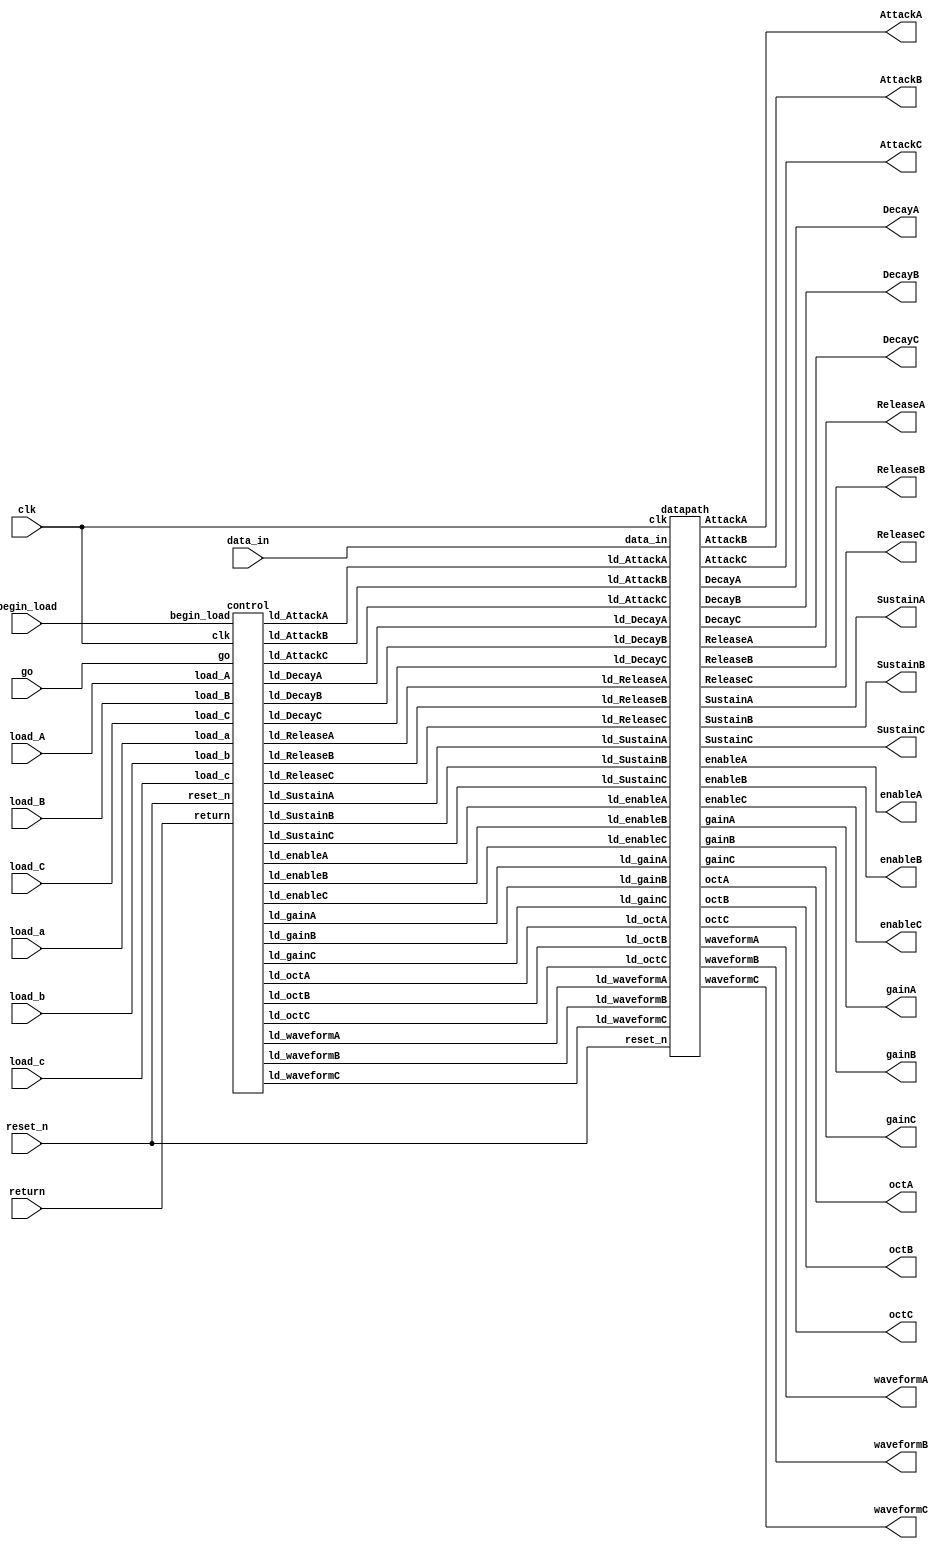
module data_store (
                  // Inputs
                  clk,            // Clock
                  reset_n,        // Active Low Reset
                  go,             // Continue states
                  data_in,        // Input data
                  load_a,         // Load OSC1
                  load_b,         // Load OSC2
                  load_c,         // Load OSC3
                  load_A,         // Load Env A
                  load_B,         // Load Env B
                  load_C,         // Load Env C
                  begin_load,     // Move from initial state to load state
                  return,         // Return to initial state

                  // Outputs

                  // Osc A settings
                  gainA,
                  octA,
                  enableA,
                  waveformA,

                  // Osc B settings
                  gainB,
                  octB,
                  enableB,
                  waveformB,

                  // Osc C settings
                  gainC,
                  octC,
                  enableC,
                  waveformC,

                  //Envelope Settings
                  AttackA,
                  DecayA,
                  SustainA,
                  ReleaseA,

                  AttackB,
                  DecayB,
                  SustainB,
                  ReleaseB,

                  AttackC,
                  DecayC,
                  SustainC,
                  ReleaseC
                );

  input clk;
  input reset_n;
  input go;
  input [9:0] data_in;
  input load_a;
  input load_b;
  input load_c;
  input load_A;
  input load_B;
  input load_C;
  input begin_load;
  input return;

  output [3:0] gainA, gainB, gainC;
  output [1:0] octA, octB, octC;
  output enableA, enableB, enableC;
  output waveformA, waveformB, waveformC;

  output [3:0] AttackA, AttackB, AttackC;
  output [3:0] DecayA, DecayB, DecayC;
  output [3:0] SustainA, SustainB, SustainC;
  output [3:0] ReleaseA, ReleaseB, ReleaseC;

  wire ld_gainA;
  wire ld_octA;
  wire ld_enableA;
  wire ld_waveformA;

  wire ld_gainB;
  wire ld_octB;
  wire ld_enableB;
  wire ld_waveformB;

  wire ld_gainC;
  wire ld_octC;
  wire ld_enableC;
  wire ld_waveformC;

  wire ld_AttackA;
  wire ld_AttackB;
  wire ld_AttackC;

  wire ld_DecayA;
  wire ld_DecayB;
  wire ld_DecayC;

  wire ld_SustainA;
  wire ld_SustainB;
  wire ld_SustainC;

  wire ld_ReleaseA;
  wire ld_ReleaseB;
  wire ld_ReleaseC;
        
  datapath d0 (
    .clk(clk),
    .reset_n(reset_n),
    .data_in(data_in),
    .ld_gainA(ld_gainA),
    .ld_gainB(ld_gainB),
    .ld_gainC(ld_gainC),
    .ld_octA(ld_octA),
    .ld_octB(ld_octB),
    .ld_octC(ld_octC),
    .ld_enableA(ld_enableA),
    .ld_enableB(ld_enableB),
    .ld_enableC(ld_enableC),
    .ld_waveformA(ld_waveformA),
    .ld_waveformB(ld_waveformB),
    .ld_waveformC(ld_waveformC),
    .ld_AttackA(ld_AttackA),
    .ld_AttackB(ld_AttackB),
    .ld_AttackC(ld_AttackC),
    .ld_DecayA(ld_DecayA),
    .ld_DecayB(ld_DecayB),
    .ld_DecayC(ld_DecayC),
    .ld_SustainA(ld_SustainA),
    .ld_SustainB(ld_SustainB),
    .ld_SustainC(ld_SustainC),
    .ld_ReleaseA(ld_ReleaseA),
    .ld_ReleaseB(ld_ReleaseB),
    .ld_ReleaseC(ld_ReleaseC),
    .gainA(gainA),
    .gainB(gainB),
    .gainC(gainC),
    .octA(octA),
    .octB(octB),
    .octC(octC),
    .enableA(enableA),
    .enableB(enableB),
    .enableC(enableC),
    .waveformA(waveformA),
    .waveformB(waveformB),
    .waveformC(waveformC),
    .AttackA(AttackA),
    .DecayA(DecayA),
    .SustainA(SustainA),
    .ReleaseA(ReleaseA),
    .AttackB(AttackB),
    .DecayB(DecayB),
    .SustainB(SustainB),
    .ReleaseB(ReleaseB),
    .AttackC(AttackC),
    .DecayC(DecayC),
    .SustainC(SustainC),
    .ReleaseC(ReleaseC)
  );

  control c0 (
    .clk(clk),
    .reset_n(reset_n),
    .go(go),
    .load_a(load_a),
    .load_b(load_b),
    .load_c(load_c),
    .load_A(load_A),
    .load_B(load_B),
    .load_C(load_C),
    .begin_load(begin_load),
    .return(return),
    .ld_gainA(ld_gainA),
    .ld_gainB(ld_gainB),
    .ld_gainC(ld_gainC),
    .ld_octA(ld_octA),
    .ld_octB(ld_octB),
    .ld_octC(ld_octC),
    .ld_enableA(ld_enableA),
    .ld_enableB(ld_enableB),
    .ld_enableC(ld_enableC),
    .ld_waveformA(ld_waveformA),
    .ld_waveformB(ld_waveformB),
    .ld_waveformC(ld_waveformC),
    .ld_AttackA(ld_AttackA),
    .ld_AttackB(ld_AttackB),
    .ld_AttackC(ld_AttackC),
    .ld_DecayA(ld_DecayA),
    .ld_DecayB(ld_DecayB),
    .ld_DecayC(ld_DecayC),
    .ld_SustainA(ld_SustainA),
    .ld_SustainB(ld_SustainB),
    .ld_SustainC(ld_SustainC),
    .ld_ReleaseA(ld_ReleaseA),
    .ld_ReleaseB(ld_ReleaseB),
    .ld_ReleaseC(ld_ReleaseC)
  );

endmodule

module control (
                // Inputs
                clk,            // Clock
                reset_n,        // Active Low Reset
                go,             // Continue states
                load_a,         // Load OSC1
                load_b,         // Load OSC2
                load_c,         // Load OSC3
                load_A,
                load_B,
                load_C,
                begin_load,     // Move from initial state to load state
                return,         // Return to initial state

                // Outputs

                // Osc A settings
                ld_gainA,
                ld_octA,
                ld_enableA,
                ld_waveformA,

                // Osc B settings
                ld_gainB,
                ld_octB,
                ld_enableB,
                ld_waveformB,

                // Osc C settings
                ld_gainC,
                ld_octC,
                ld_enableC,
                ld_waveformC,

                //Envelope Settings
                ld_AttackA,
                ld_AttackB,
                ld_AttackC,

                ld_DecayA,
                ld_DecayB,
                ld_DecayC,

                ld_SustainA,
                ld_SustainB,
                ld_SustainC,

                ld_ReleaseA,
                ld_ReleaseB,
                ld_ReleaseC
              );

  input clk;
  input reset_n;
  input go;
  input load_a;
  input load_b;
  input load_c;
  input load_A;
  input load_B;
  input load_C;
  input begin_load;
  input return;

  reg [5:0] current_state, next_state;

  output reg ld_gainA;
  output reg ld_octA;
  output reg ld_enableA;
  output reg ld_waveformA;

  output reg ld_gainB;
  output reg ld_octB;
  output reg ld_enableB;
  output reg ld_waveformB;

  output reg ld_gainC;
  output reg ld_octC;
  output reg ld_enableC;
  output reg ld_waveformC;

  output reg ld_AttackA;
  output reg ld_AttackB;
  output reg ld_AttackC;

  output reg ld_DecayA;
  output reg ld_DecayB;
  output reg ld_DecayC;

  output reg ld_SustainA;
  output reg ld_SustainB;
  output reg ld_SustainC;

  output reg ld_ReleaseA;
  output reg ld_ReleaseB;
  output reg ld_ReleaseC;

  localparam  DEFAULT_STATE             = 6'd0,

              LOAD_A_ENABLE             = 6'd1,
              LOAD_A_ENABLE_WAIT        = 6'd2,
              LOAD_A_WAVEFORM           = 6'd3,
              LOAD_A_WAVEFORM_WAIT      = 6'd4,
              LOAD_A_GAIN               = 6'd5,
              LOAD_A_GAIN_WAIT          = 6'd6,
              LOAD_A_OCT                = 6'd7,
              LOAD_A_OCT_WAIT           = 6'd8,

              LOAD_B_ENABLE             = 6'd9,
              LOAD_B_ENABLE_WAIT        = 6'd10,
              LOAD_B_WAVEFORM           = 6'd11,
              LOAD_B_WAVEFORM_WAIT      = 6'd12,
              LOAD_B_GAIN               = 6'd13,
              LOAD_B_GAIN_WAIT          = 6'd14,
              LOAD_B_OCT                = 6'd15,
              LOAD_B_OCT_WAIT           = 6'd16,

              LOAD_C_ENABLE             = 6'd17,
              LOAD_C_ENABLE_WAIT        = 6'd18,
              LOAD_C_WAVEFORM           = 6'd19,
              LOAD_C_WAVEFORM_WAIT      = 6'd20,
              LOAD_C_GAIN               = 6'd21,
              LOAD_C_GAIN_WAIT          = 6'd22,
              LOAD_C_OCT                = 6'd23,
              LOAD_C_OCT_WAIT           = 6'd24,

              LOAD_ATTACK_A             = 6'd25,
              LOAD_ATTACK_A_WAIT        = 6'd26,
              LOAD_DECAY_A              = 6'd27,
              LOAD_DECAY_A_WAIT         = 6'd28,
              LOAD_SUSTAIN_A            = 6'd29,
              LOAD_SUSTAIN_A_WAIT       = 6'd30,
              LOAD_RELEASE_A            = 6'd31,
              LOAD_RELEASE_A_WAIT       = 6'd32,

              LOAD_ATTACK_B             = 6'd33,
              LOAD_ATTACK_B_WAIT        = 6'd34,
              LOAD_DECAY_B              = 6'd35,
              LOAD_DECAY_B_WAIT         = 6'd36,
              LOAD_SUSTAIN_B            = 6'd37,
              LOAD_SUSTAIN_B_WAIT       = 6'd38,
              LOAD_RELEASE_B            = 6'd39,
              LOAD_RELEASE_B_WAIT       = 6'd40,

              LOAD_ATTACK_C             = 6'd41,
              LOAD_ATTACK_C_WAIT        = 6'd42,
              LOAD_DECAY_C              = 6'd43,
              LOAD_DECAY_C_WAIT         = 6'd44,
              LOAD_SUSTAIN_C            = 6'd45,
              LOAD_SUSTAIN_C_WAIT       = 6'd46,
              LOAD_RELEASE_C            = 6'd47,
              LOAD_RELEASE_C_WAIT       = 6'd48;

  always @(*)
  begin: state_table
    case (current_state)
      DEFAULT_STATE: begin
        if (load_a && begin_load)       next_state = LOAD_A_ENABLE;
        else if (load_b && begin_load)  next_state = LOAD_B_ENABLE;
        else if (load_c && begin_load)  next_state = LOAD_C_ENABLE;
        else if (load_A && begin_load)  next_state = LOAD_ATTACK_A;
        else if (load_B && begin_load)  next_state = LOAD_ATTACK_B;
        else if (load_C && begin_load)  next_state = LOAD_ATTACK_C;
        else                            next_state = DEFAULT_STATE;
      end

      LOAD_A_ENABLE:            if (return) next_state = DEFAULT_STATE; else next_state = go ? LOAD_A_ENABLE_WAIT : LOAD_A_ENABLE;
      LOAD_A_ENABLE_WAIT:       if (return) next_state = DEFAULT_STATE; else next_state = go ? LOAD_A_ENABLE_WAIT : LOAD_A_WAVEFORM;
      LOAD_A_WAVEFORM:          if (return) next_state = DEFAULT_STATE; else next_state = go ? LOAD_A_WAVEFORM_WAIT : LOAD_A_WAVEFORM;
      LOAD_A_WAVEFORM_WAIT:     if (return) next_state = DEFAULT_STATE; else next_state = go ? LOAD_A_WAVEFORM_WAIT : LOAD_A_GAIN;
      LOAD_A_GAIN:              if (return) next_state = DEFAULT_STATE; else next_state = go ? LOAD_A_GAIN_WAIT : LOAD_A_GAIN;
      LOAD_A_GAIN_WAIT:         if (return) next_state = DEFAULT_STATE; else next_state = go ? LOAD_A_GAIN_WAIT : LOAD_A_OCT;
      LOAD_A_OCT:               if (return) next_state = DEFAULT_STATE; else next_state = go ? LOAD_A_OCT_WAIT : LOAD_A_OCT;
      LOAD_A_OCT_WAIT:          if (return) next_state = DEFAULT_STATE; else next_state = go ? LOAD_A_OCT_WAIT : DEFAULT_STATE;

      LOAD_B_ENABLE:            if (return) next_state = DEFAULT_STATE; else next_state = go ? LOAD_B_ENABLE_WAIT : LOAD_B_ENABLE;
      LOAD_B_ENABLE_WAIT:       if (return) next_state = DEFAULT_STATE; else next_state = go ? LOAD_B_ENABLE_WAIT : LOAD_B_WAVEFORM;
      LOAD_B_WAVEFORM:          if (return) next_state = DEFAULT_STATE; else next_state = go ? LOAD_B_WAVEFORM_WAIT : LOAD_B_WAVEFORM;
      LOAD_B_WAVEFORM_WAIT:     if (return) next_state = DEFAULT_STATE; else next_state = go ? LOAD_B_WAVEFORM_WAIT : LOAD_B_GAIN;
      LOAD_B_GAIN:              if (return) next_state = DEFAULT_STATE; else next_state = go ? LOAD_B_GAIN_WAIT : LOAD_B_GAIN;
      LOAD_B_GAIN_WAIT:         if (return) next_state = DEFAULT_STATE; else next_state = go ? LOAD_B_GAIN_WAIT : LOAD_B_OCT;
      LOAD_B_OCT:               if (return) next_state = DEFAULT_STATE; else next_state = go ? LOAD_B_OCT_WAIT : LOAD_B_OCT;
      LOAD_B_OCT_WAIT:          if (return) next_state = DEFAULT_STATE; else next_state = go ? LOAD_B_OCT_WAIT : DEFAULT_STATE;

      LOAD_C_ENABLE:            if (return) next_state = DEFAULT_STATE; else next_state = go ? LOAD_C_ENABLE_WAIT : LOAD_C_ENABLE;
      LOAD_C_ENABLE_WAIT:       if (return) next_state = DEFAULT_STATE; else next_state = go ? LOAD_C_ENABLE_WAIT : LOAD_C_WAVEFORM;
      LOAD_C_WAVEFORM:          if (return) next_state = DEFAULT_STATE; else next_state = go ? LOAD_C_WAVEFORM_WAIT : LOAD_C_WAVEFORM;
      LOAD_C_WAVEFORM_WAIT:     if (return) next_state = DEFAULT_STATE; else next_state = go ? LOAD_C_WAVEFORM_WAIT : LOAD_C_GAIN;
      LOAD_C_GAIN:              if (return) next_state = DEFAULT_STATE; else next_state = go ? LOAD_C_GAIN_WAIT : LOAD_C_GAIN;
      LOAD_C_GAIN_WAIT:         if (return) next_state = DEFAULT_STATE; else next_state = go ? LOAD_C_GAIN_WAIT : LOAD_C_OCT;
      LOAD_C_OCT:               if (return) next_state = DEFAULT_STATE; else next_state = go ? LOAD_C_OCT_WAIT : LOAD_C_OCT;
      LOAD_C_OCT_WAIT:          if (return) next_state = DEFAULT_STATE; else next_state = go ? LOAD_C_OCT_WAIT : DEFAULT_STATE;

      LOAD_ATTACK_A:            if (return) next_state = DEFAULT_STATE; else next_state = go ? LOAD_ATTACK_A_WAIT : LOAD_ATTACK_A;
      LOAD_ATTACK_A_WAIT:       if (return) next_state = DEFAULT_STATE; else next_state = go ? LOAD_ATTACK_A_WAIT : LOAD_DECAY_A;
      LOAD_DECAY_A:             if (return) next_state = DEFAULT_STATE; else next_state = go ? LOAD_DECAY_A_WAIT : LOAD_DECAY_A;
      LOAD_DECAY_A_WAIT:        if (return) next_state = DEFAULT_STATE; else next_state = go ? LOAD_DECAY_A_WAIT : LOAD_SUSTAIN_A;
      LOAD_SUSTAIN_A:           if (return) next_state = DEFAULT_STATE; else next_state = go ? LOAD_SUSTAIN_A_WAIT : LOAD_SUSTAIN_A;
      LOAD_SUSTAIN_A_WAIT:      if (return) next_state = DEFAULT_STATE; else next_state = go ? LOAD_SUSTAIN_A_WAIT : LOAD_RELEASE_A;
      LOAD_RELEASE_A:           if (return) next_state = DEFAULT_STATE; else next_state = go ? LOAD_RELEASE_A_WAIT : LOAD_RELEASE_A;
      LOAD_RELEASE_A_WAIT:      if (return) next_state = DEFAULT_STATE; else next_state = go ? LOAD_RELEASE_A_WAIT : DEFAULT_STATE;

      LOAD_ATTACK_B:            if (return) next_state = DEFAULT_STATE; else next_state = go ? LOAD_ATTACK_B_WAIT : LOAD_ATTACK_B;
      LOAD_ATTACK_B_WAIT:       if (return) next_state = DEFAULT_STATE; else next_state = go ? LOAD_ATTACK_B_WAIT : LOAD_DECAY_B;
      LOAD_DECAY_B:             if (return) next_state = DEFAULT_STATE; else next_state = go ? LOAD_DECAY_B_WAIT : LOAD_DECAY_B;
      LOAD_DECAY_B_WAIT:        if (return) next_state = DEFAULT_STATE; else next_state = go ? LOAD_DECAY_B_WAIT : LOAD_SUSTAIN_B;
      LOAD_SUSTAIN_B:           if (return) next_state = DEFAULT_STATE; else next_state = go ? LOAD_SUSTAIN_B_WAIT : LOAD_SUSTAIN_B;
      LOAD_SUSTAIN_B_WAIT:      if (return) next_state = DEFAULT_STATE; else next_state = go ? LOAD_SUSTAIN_B_WAIT : LOAD_RELEASE_B;
      LOAD_RELEASE_B:           if (return) next_state = DEFAULT_STATE; else next_state = go ? LOAD_RELEASE_B_WAIT : LOAD_RELEASE_B;
      LOAD_RELEASE_B_WAIT:      if (return) next_state = DEFAULT_STATE; else next_state = go ? LOAD_RELEASE_B_WAIT : DEFAULT_STATE;

      LOAD_ATTACK_C:            if (return) next_state = DEFAULT_STATE; else next_state = go ? LOAD_ATTACK_C_WAIT : LOAD_ATTACK_C;
      LOAD_ATTACK_C_WAIT:       if (return) next_state = DEFAULT_STATE; else next_state = go ? LOAD_ATTACK_C_WAIT : LOAD_DECAY_C;
      LOAD_DECAY_C:             if (return) next_state = DEFAULT_STATE; else next_state = go ? LOAD_DECAY_C_WAIT : LOAD_DECAY_C;
      LOAD_DECAY_C_WAIT:        if (return) next_state = DEFAULT_STATE; else next_state = go ? LOAD_DECAY_C_WAIT : LOAD_SUSTAIN_C;
      LOAD_SUSTAIN_C:           if (return) next_state = DEFAULT_STATE; else next_state = go ? LOAD_SUSTAIN_C_WAIT : LOAD_SUSTAIN_C;
      LOAD_SUSTAIN_C_WAIT:      if (return) next_state = DEFAULT_STATE; else next_state = go ? LOAD_SUSTAIN_C_WAIT : LOAD_RELEASE_C;
      LOAD_RELEASE_C:           if (return) next_state = DEFAULT_STATE; else next_state = go ? LOAD_RELEASE_C_WAIT : LOAD_RELEASE_C;
      LOAD_RELEASE_C_WAIT:      if (return) next_state = DEFAULT_STATE; else next_state = go ? LOAD_RELEASE_C_WAIT : DEFAULT_STATE;
    endcase
  end

  always@(*)
  begin: enable_signals
    ld_enableA    = 1'b0;
    ld_enableB    = 1'b0;
    ld_enableC    = 1'b0;

    ld_gainA      = 1'b0;
    ld_gainB      = 1'b0;
    ld_gainC      = 1'b0;

    ld_octA       = 1'b0;
    ld_octB       = 1'b0;
    ld_octC       = 1'b0;

    ld_waveformA  = 1'b0;
    ld_waveformB  = 1'b0;
    ld_waveformC  = 1'b0;

    ld_AttackA    = 1'b0;
    ld_DecayA     = 1'b0;
    ld_SustainA   = 1'b0;
    ld_ReleaseA   = 1'b0;

    ld_AttackB    = 1'b0;
    ld_DecayB     = 1'b0;
    ld_SustainB   = 1'b0;
    ld_ReleaseB   = 1'b0;

    ld_AttackC    = 1'b0;
    ld_DecayC     = 1'b0;
    ld_SustainC   = 1'b0;
    ld_ReleaseC   = 1'b0;

    case (current_state)
      LOAD_A_ENABLE: ld_enableA     = 1'b1;
      LOAD_B_ENABLE: ld_enableB     = 1'b1;
      LOAD_C_ENABLE: ld_enableC     = 1'b1;

      LOAD_A_GAIN: ld_gainA         = 1'b1;
      LOAD_B_GAIN: ld_gainB         = 1'b1;
      LOAD_C_GAIN: ld_gainC         = 1'b1;

      LOAD_A_OCT: ld_octA           = 1'b1;
      LOAD_B_OCT: ld_octB           = 1'b1;
      LOAD_C_OCT: ld_octC           = 1'b1;

      LOAD_A_WAVEFORM: ld_waveformA = 1'b1;
      LOAD_B_WAVEFORM: ld_waveformB = 1'b1;
      LOAD_C_WAVEFORM: ld_waveformC = 1'b1;

      LOAD_ATTACK_A: ld_AttackA     = 1'b1;
      LOAD_DECAY_A: ld_DecayA       = 1'b1;
      LOAD_SUSTAIN_A: ld_SustainA   = 1'b1;
      LOAD_RELEASE_A: ld_ReleaseA   = 1'b1;

      LOAD_ATTACK_B: ld_AttackB     = 1'b1;
      LOAD_DECAY_B: ld_DecayB       = 1'b1;
      LOAD_SUSTAIN_B: ld_SustainB   = 1'b1;
      LOAD_RELEASE_B: ld_ReleaseB   = 1'b1;

      LOAD_ATTACK_C: ld_AttackC     = 1'b1;
      LOAD_DECAY_C: ld_DecayC       = 1'b1;
      LOAD_SUSTAIN_C: ld_SustainC   = 1'b1;
      LOAD_RELEASE_C: ld_ReleaseC   = 1'b1;
    endcase
  end

  always@(posedge clk)
  begin: state_FFs
    if (!reset_n) current_state <= DEFAULT_STATE;
    else current_state <= next_state;
  end       
endmodule

module datapath (
                // Inputs
                clk,            // Clock
                reset_n,        // Active Low Reset
                data_in,        // Input data

                // LOAD SIGNALS
                ld_gainA,
                ld_octA,
                ld_enableA,
                ld_waveformA,

                ld_gainB,
                ld_octB,
                ld_enableB,
                ld_waveformB,

                ld_gainC,
                ld_octC,
                ld_enableC,
                ld_waveformC,

                ld_AttackA,
                ld_AttackB,
                ld_AttackC,

                ld_DecayA,
                ld_DecayB,
                ld_DecayC,

                ld_SustainA,
                ld_SustainB,
                ld_SustainC,

                ld_ReleaseA,
                ld_ReleaseB,
                ld_ReleaseC,

                // Outputs

                // Osc A settings
                gainA,
                octA,
                enableA,
                waveformA,

                // Osc B settings
                gainB,
                octB,
                enableB,
                waveformB,

                // Osc C settings
                gainC,
                octC,
                enableC,
                waveformC,

                //Envelope Settings
                AttackA,
                DecayA,
                SustainA,
                ReleaseA,

                AttackB,
                DecayB,
                SustainB,
                ReleaseB,

                AttackC,
                DecayC,
                SustainC,
                ReleaseC
                );

  input clk;
  input reset_n;
  input [9:0] data_in;

  input ld_gainA;
  input ld_octA;
  input ld_enableA;
  input ld_waveformA;

  input ld_gainB;
  input ld_octB;
  input ld_enableB;
  input ld_waveformB;

  input ld_gainC;
  input ld_octC;
  input ld_enableC;
  input ld_waveformC;

  input ld_AttackA;
  input ld_AttackB;
  input ld_AttackC;

  input ld_DecayA;
  input ld_DecayB;
  input ld_DecayC;

  input ld_SustainA;
  input ld_SustainB;
  input ld_SustainC;

  input ld_ReleaseA;
  input ld_ReleaseB;
  input ld_ReleaseC;

  output reg [3:0] gainA, gainB, gainC;
  output reg [1:0] octA, octB, octC;
  output reg enableA, enableB, enableC;
  output reg waveformA, waveformB, waveformC;

  output reg [3:0] AttackA, AttackB, AttackC;
  output reg [3:0] DecayA, DecayB, DecayC;
  output reg [3:0] SustainA, SustainB, SustainC;
  output reg [3:0] ReleaseA, ReleaseB, ReleaseC;

  always@(posedge clk) begin
    if(!reset_n) begin
      enableA     <= 1'b0;
      enableB     <= 1'b0;
      enableC     <= 1'b0;
      gainA       <= 4'b0;
      gainB       <= 4'b0;
      gainC       <= 4'b0;
      octA        <= 2'b0;
      octB        <= 2'b0;
      octC        <= 2'b0;
      waveformA   <= 1'b0;
      waveformB   <= 1'b0;
      waveformC   <= 1'b0;
      AttackA     <= 4'b0;
      DecayA      <= 4'b0;
      SustainA    <= 4'b0;
      ReleaseA    <= 4'b0;
      AttackB     <= 4'b0;
      DecayB      <= 4'b0;
      SustainB    <= 4'b0;
      ReleaseB    <= 4'b0;
      AttackC     <= 4'b0;
      DecayC      <= 4'b0;
      SustainC    <= 4'b0;
      ReleaseC    <= 4'b0;
    end

    else begin
      if (ld_enableA) enableA     <= data_in[0];
      if (ld_enableB) enableB     <= data_in[0];
      if (ld_enableC) enableC     <= data_in[0];

      if (ld_gainA)   gainA       <= data_in[3:0];
      if (ld_gainB)   gainB       <= data_in[3:0];
      if (ld_gainC)   gainC       <= data_in[3:0];

      if (ld_octA)    octA        <= data_in[1:0];
      if (ld_octB)    octB        <= data_in[1:0];
      if (ld_octC)    octC        <= data_in[1:0];

      if (ld_waveformA) waveformA <= data_in[0];
      if (ld_waveformB) waveformB <= data_in[0];
      if (ld_waveformC) waveformC <= data_in[0];

      if (ld_AttackA)  AttackA  <= data_in[3:0];
      if (ld_DecayA)   DecayA   <= data_in[3:0];
      if (ld_SustainA) SustainA <= data_in[3:0];
      if (ld_ReleaseA) ReleaseA <= data_in[3:0];

      if (ld_AttackB)  AttackB  <= data_in[3:0];
      if (ld_DecayB)   DecayB   <= data_in[3:0];
      if (ld_SustainB) SustainB <= data_in[3:0];
      if (ld_ReleaseB) ReleaseB <= data_in[3:0];

      if (ld_AttackC)  AttackC  <= data_in[3:0];
      if (ld_DecayC)   DecayC   <= data_in[3:0];
      if (ld_SustainC) SustainC <= data_in[3:0];
      if (ld_ReleaseC) ReleaseC <= data_in[3:0];
    end
  end

endmodule